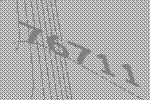
76711